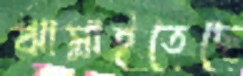
ঝাম্‌রাইতেছে